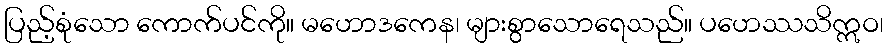
ပြည့်စုံသော ကောက်ပင်ကို။ မဟောဒကေန၊ များစွာသောရေသည်။ ပဟေဿသိဣဝ၊